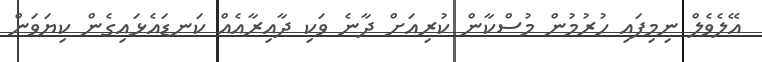
އޭލެވެލް ނިމިފައި ހުރުމުން މުސްކާން ކުރިއަށް ދާނެ ވަކި ދާއިރާއެއް ކަނޑައެޅައިގެން ކިޔަވަން